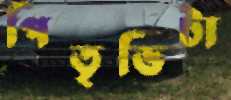
পিতৃভিটা